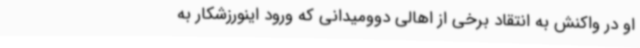
او در واکنش به انتقاد برخی از اهالی دوومیدانی که ورود اینورزشکار به